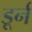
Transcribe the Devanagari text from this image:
डूर्न